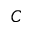
C